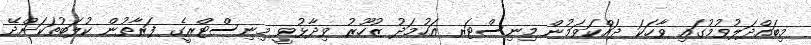
މިބައްދަލުވުމުގައި ވާހަކަ ދައްކަވަމުން މިނިސްޓަރ އަހުމަދު ޒުހޫރު ވިދާޅުވީ މިނިސްޓްރީގެ ފަރާތުން ކުލަބުތަކަށްދޭ